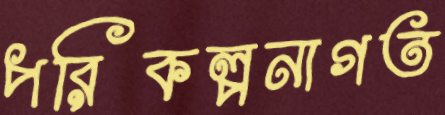
পরিকল্পনাগত